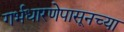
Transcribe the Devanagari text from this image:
गर्भधारणेपासूनच्या